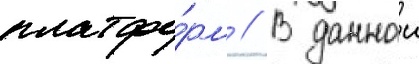
платфо́рм // В даннои